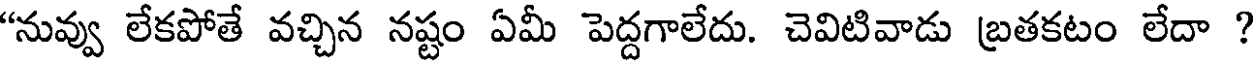
"నువ్వు లేకపోతే వచ్చిన నష్టం ఏమీ పెద్దగాలేదు. చెవిటివాడు బ్రతకటం లేదా ?